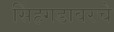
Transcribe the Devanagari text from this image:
सिंहगडावरचे